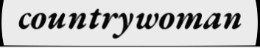
countrywoman